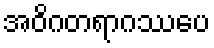
အဝိဂတရာဂဿပေ